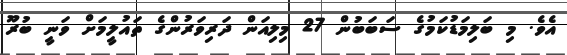
އެވެ. މި ބަލިމަޑުކަމުގެ ސަބަބުން 27 މިލިއަން ދަރިވަރުންގެ ތައުލީމަށް ވަނީ ބުރޫ